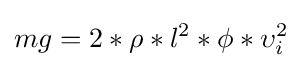
mg=2*\rho *l^{2}*\phi *\upsilon _{i}^{2}